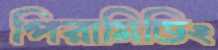
পিরামিডিং